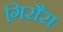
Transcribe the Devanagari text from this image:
गिरौरा